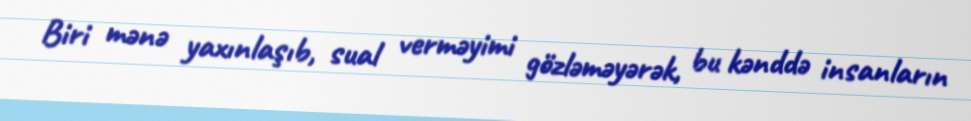
Biri mənə yaxınlaşıb, sual verməyimi gözləməyərək, bu kənddə insanların